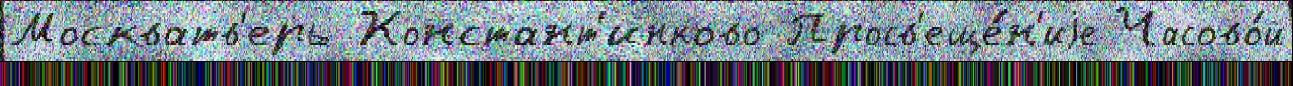
Москватв'ерь Констант'инково Просв'еще́н'иjе Часово́й